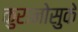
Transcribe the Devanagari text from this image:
कुरानोसुके